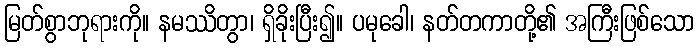
မြတ်စွာဘုရားကို။ နမဿိတွာ၊ ရှိခိုးပြီး၍။ ပမုခေါ၊ နတ်တကာတို့၏ အကြီးဖြစ်သော